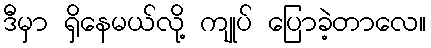
ဒီမှာ ရှိနေမယ်လို့ ကျုပ် ပြောခဲ့တာလေ။